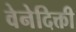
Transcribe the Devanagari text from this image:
वेनेदिक्ती